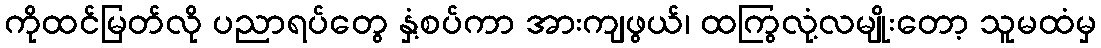
ကိုထင်မြတ်လို ပညာရပ်တွေ နှံ့စပ်ကာ အားကျဖွယ်၊ ထကြွလုံ့လမျိုးတော့ သူမထံမှ